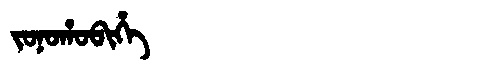
Manchu: ᠵᠣᠨᠣᡥᠣᠪᡳᡥᡝ
Romanization: JONOHOBIHE